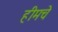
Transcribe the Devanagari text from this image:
हीमचे